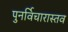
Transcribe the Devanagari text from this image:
पुनर्विचारास्तव